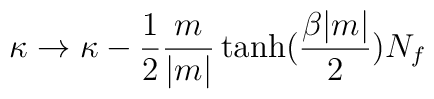
\kappa\to\kappa-\frac{1}{2}\frac{m}{|m|}\tanh(\frac{\beta |m|}{2}) N_f